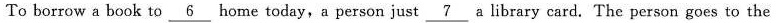
To borrow a book to \underline{6} home today,a person just \underline{7} a library card. The person goes to the